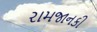
રામજાનકી